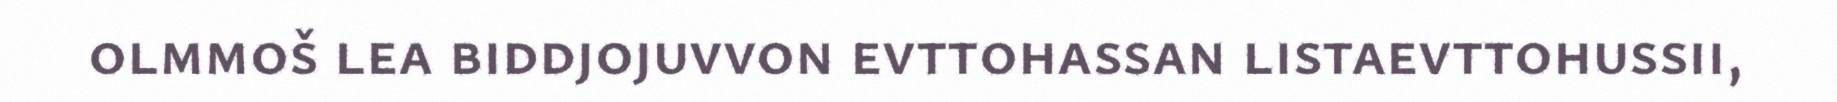
olmmoš lea biddjojuvvon evttohassan listaevttohussii,